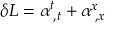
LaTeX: \delta { \cal L } = \alpha _ { \; , t } ^ { t } + \alpha _ { \; , x } ^ { x }